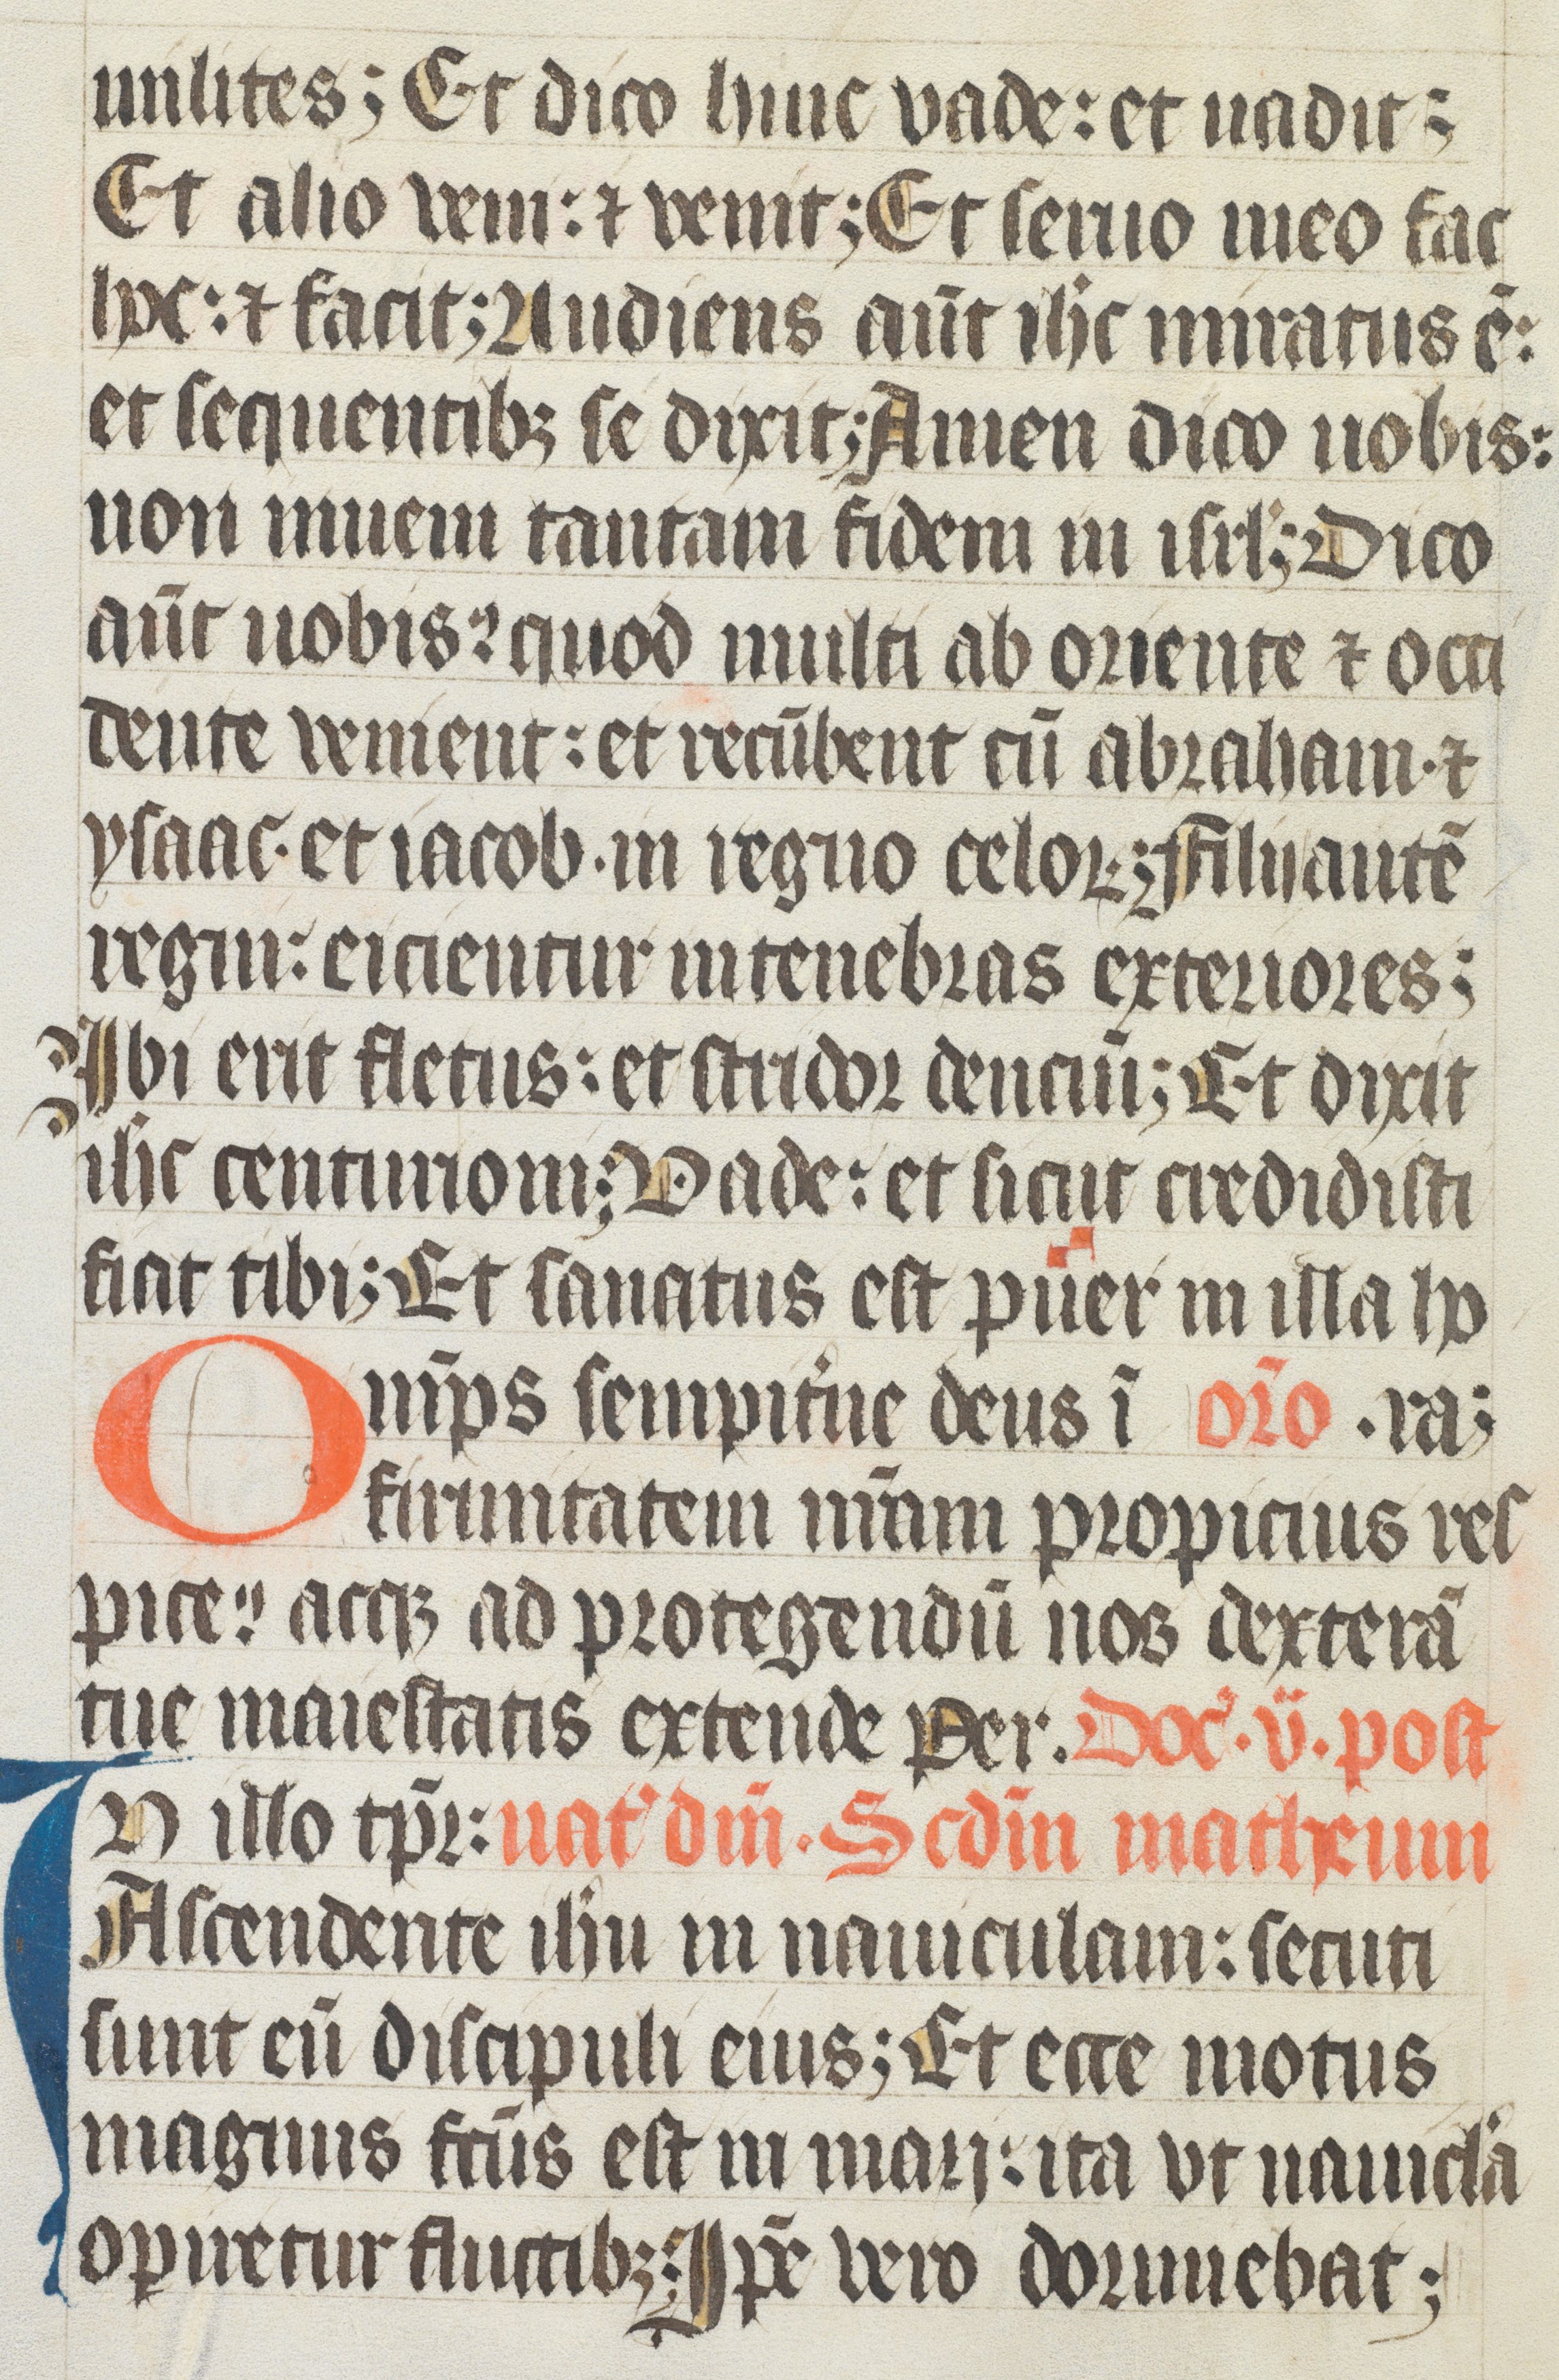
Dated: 1400–1499